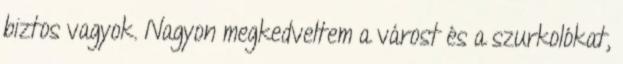
biztos vagyok. Nagyon megkedveltem a várost és a szurkolókat,